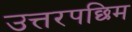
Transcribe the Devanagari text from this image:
उत्तरपछिम